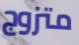
متزوج